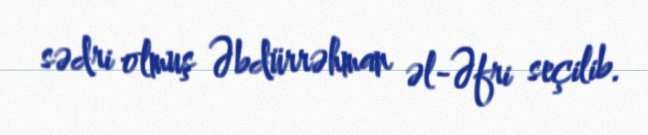
sədri olmuş Əbdürrəhman əl-Əfri seçilib.